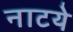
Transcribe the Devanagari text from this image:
नाटये